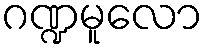
ဂဏ္ဍမူလော